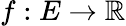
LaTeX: f:E\rightarrow\mathbb{R}